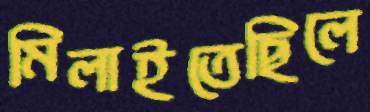
মিলাইতেছিলে